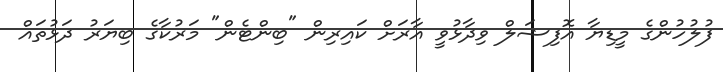
ފުލުހުންގެ މީޑިޔާ އޮފިޝަލް ވިދާޅުވީ އާރަށް ކައިރިން "ބިންޓެން" މަރުކާގެ ބިޔަރު ދަޅުތައް